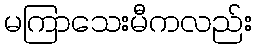
မကြာသေးမီကလည်း